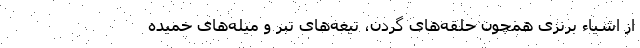
از اشیاء برنزی همچون حلقه‌های گردن، تیغه‌های تبر و میله‌های خمیده